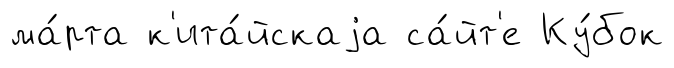
ма́рта к'ита́йскаjа са́йт'е Ку́бок